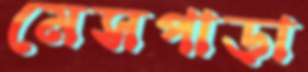
মেসপাড়া